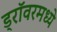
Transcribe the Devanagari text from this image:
ड्रॉवरमध्ये